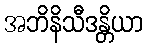
အဘိနိသီဒန္တိယာ